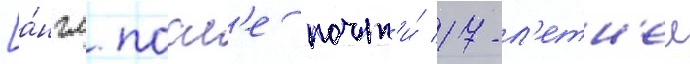
[а́нгл. посл'е почт'и́ 17-л'етн'еи